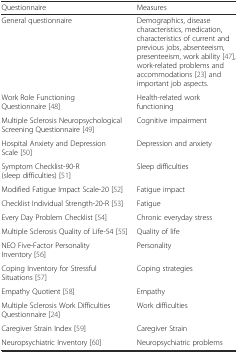
| Questionnaire | Measures |
 | --- | --- |
 | General questionnaire | Demographics, disease characteristics, medication, characteristics of current and previous jobs, absenteeism, presenteeism, work ability [47], work-related problems and accommodations [23] and important job aspects. |
 | Work Role Functioning Questionnaire [48] | Health-related work functioning |
 | Multiple Sclerosis Neuropsychological Screening Questionnaire [49] | Cognitive impairment |
 | Hospital Anxiety and Depression Scale [50] | Depression and anxiety |
 | Symptom Checklist-90-R (sleep difficulties) [51] | Sleep difficulties |
 | Modified Fatigue Impact Scale-20 [52] | Fatigue impact |
 | Checklist Individual Strength-20-R [53] | Fatigue |
 | Every Day Problem Checklist [54] | Chronic everyday stress |
 | Multiple Sclerosis Quality of Life-54 [55] | Quality of life |
 | NEO Five-Factor Personality Inventory [56] | Personality |
 | Coping Inventory for Stressful Situations [57] | Coping strategies |
 | Empathy Quotient [58] | Empathy |
 | Multiple Sclerosis Work Difficulties Questionnaire [24] | Work difficulties |
 | Caregiver Strain Index [59] | Caregiver Strain |
 | Neuropsychiatric Inventory [60] | Neuropsychiatric problems |